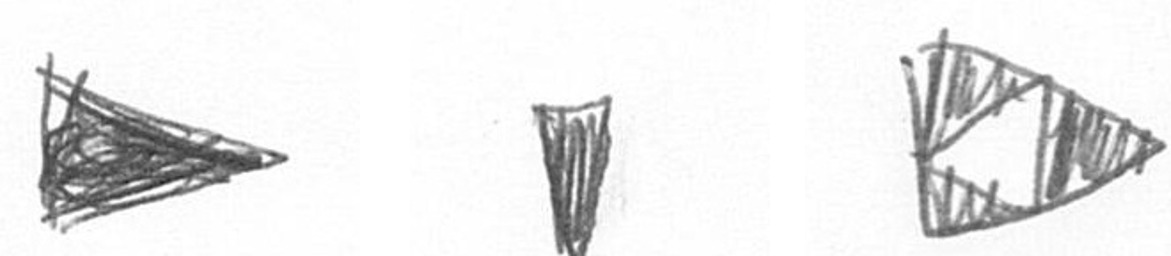
T J K